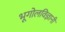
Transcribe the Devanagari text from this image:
भूगोलविज्ञानी